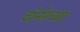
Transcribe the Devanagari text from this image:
वॉर्नरच्या